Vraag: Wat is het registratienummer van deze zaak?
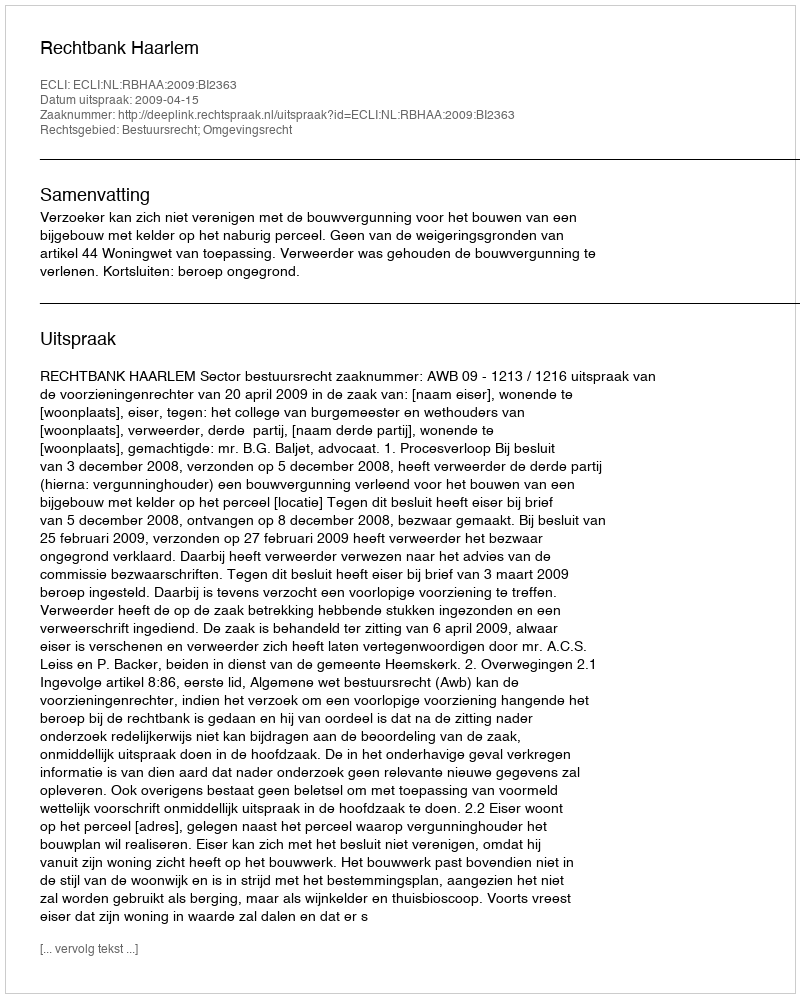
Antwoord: http://deeplink.rechtspraak.nl/uitspraak?id=ECLI:NL:RBHAA:2009:BI2363